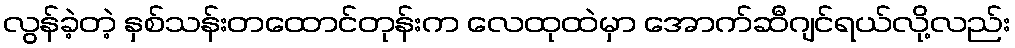
လွန်ခဲ့တဲ့ နှစ်သန်းတထောင်တုန်းက လေထုထဲမှာ အောက်ဆီဂျင်ရယ်လို့လည်း